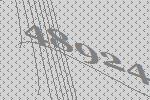
48924